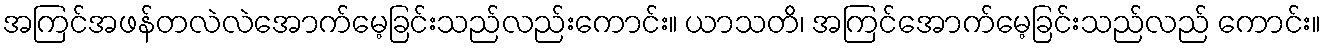
အကြင်အဖန်တလဲလဲအောက်မေ့ခြင်းသည်လည်းကောင်း။ ယာသတိ၊ အကြင်အောက်မေ့ခြင်းသည်လည် ကောင်း။